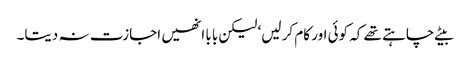
بیٹے چاہتے تھے کہ کوئی اور کام کر لیں‘ لیکن بابا انھیں اجازت نہ دیتا۔